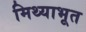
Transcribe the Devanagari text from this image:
मिथ्याभूत